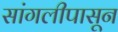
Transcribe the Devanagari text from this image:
सांगलीपासून